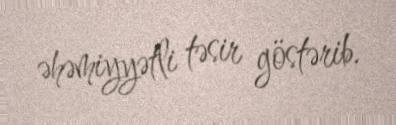
əhəmiyyətli təsir göstərib.